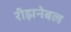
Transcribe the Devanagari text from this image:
रीझनेबल